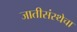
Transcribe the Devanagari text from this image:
जातीसंस्थेचा